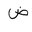
Letter: _dad